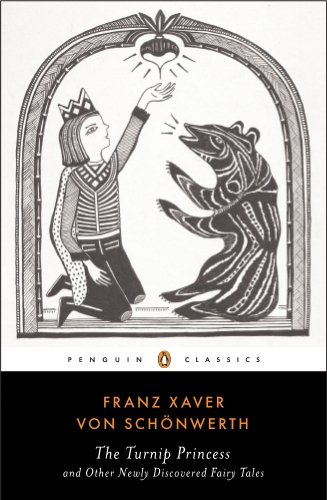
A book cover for The Turnip Princess and Other Newly Discovered Fairy Tales (Penguin Classics); Franz Xaver von Schonwerth; Literature & Fiction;